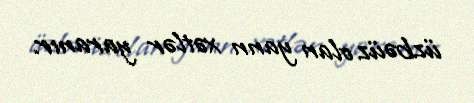
üzbəüz olan yann xətlər yaranır.